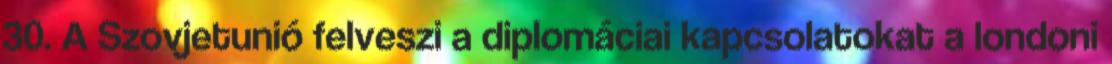
30. A Szovjetunió felveszi a diplomáciai kapcsolatokat a londoni